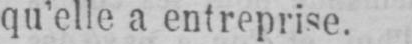
qu’elle a entreprise.